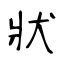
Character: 狀